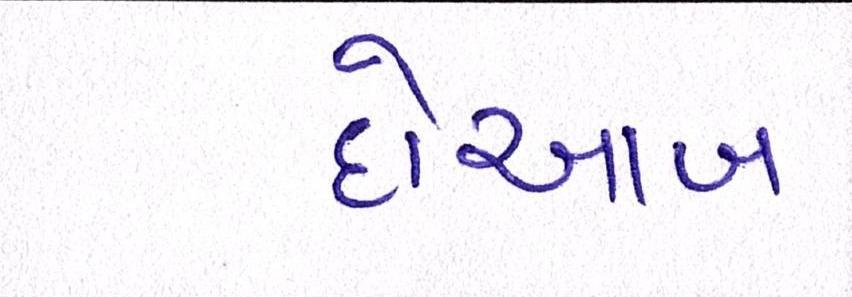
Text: દોઆબ